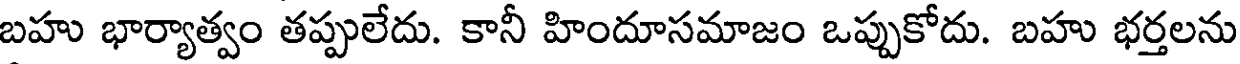
బహు భార్యాత్వం తప్పులేదు. కానీ హిందూసమాజం ఒప్పుకోదు. బహు భర్తలను